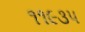
૧૧૯૩૫